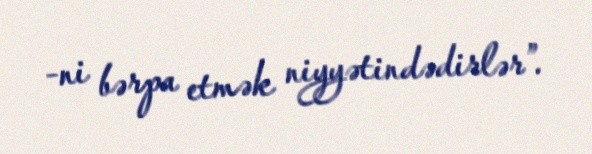
-ni bərpa etmək niyyətindədirlər”.